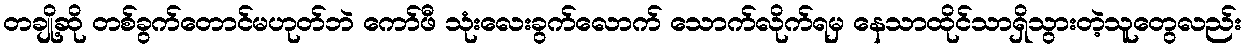
တချို့ဆို တစ်ခွက်တောင်မဟုတ်ဘဲ ကော်ဖီ သုံးလေးခွက်လောက် သောက်လိုက်ရမှ နေသာထိုင်သာရှိသွားတဲ့သူတွေလည်း